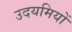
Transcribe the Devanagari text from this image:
उदयमियों